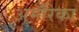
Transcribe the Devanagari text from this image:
अमॅरिका